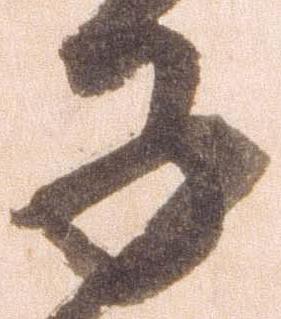
子